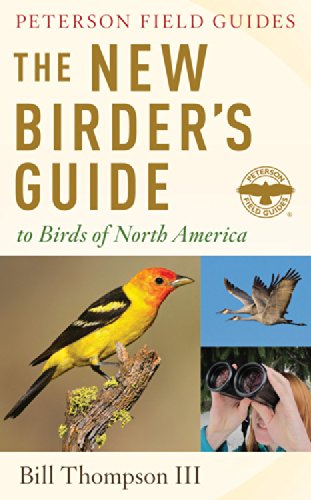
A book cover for The New Birder's Guide to Birds of North America (Peterson Field Guides); Bill Thompson III; Science & Math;